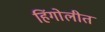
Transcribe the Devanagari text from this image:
हिंगोलीत